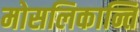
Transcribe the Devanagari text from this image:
मोसलिकान्ति